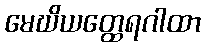
မေဃိယတ္ထေရဂါထာ